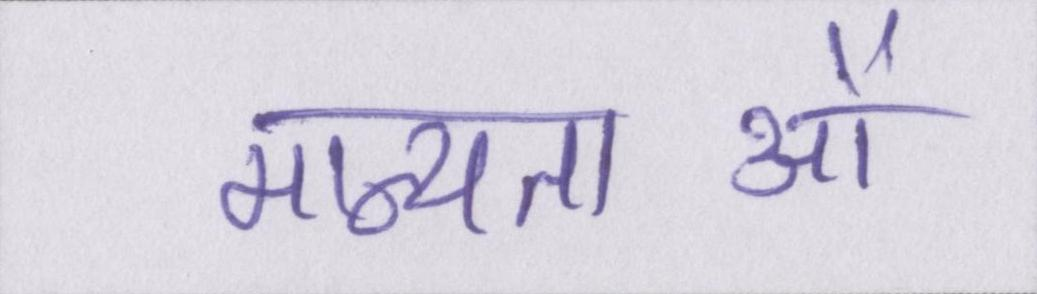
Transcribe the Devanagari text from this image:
मान्यताओं